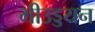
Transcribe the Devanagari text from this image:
भीउड्डयन